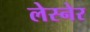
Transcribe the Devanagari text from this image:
लेस्नेर